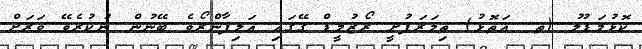
ކޮޅުމަޑުލު (ތ. އަތޮޅު) ތިމަރަފުށީ ރޯޒުމީޑް ގޭގައި އަލިފާންރޯވެ ބޭނުން ނުކުރެވޭ ވަރަށް